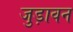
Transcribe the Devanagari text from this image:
जुड़ावन